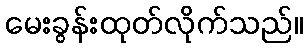
မေးခွန်းထုတ်လိုက်သည်။